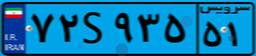
۷۲S۹۳۵۵۱